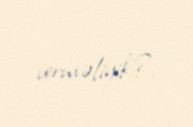
verməliyik?.